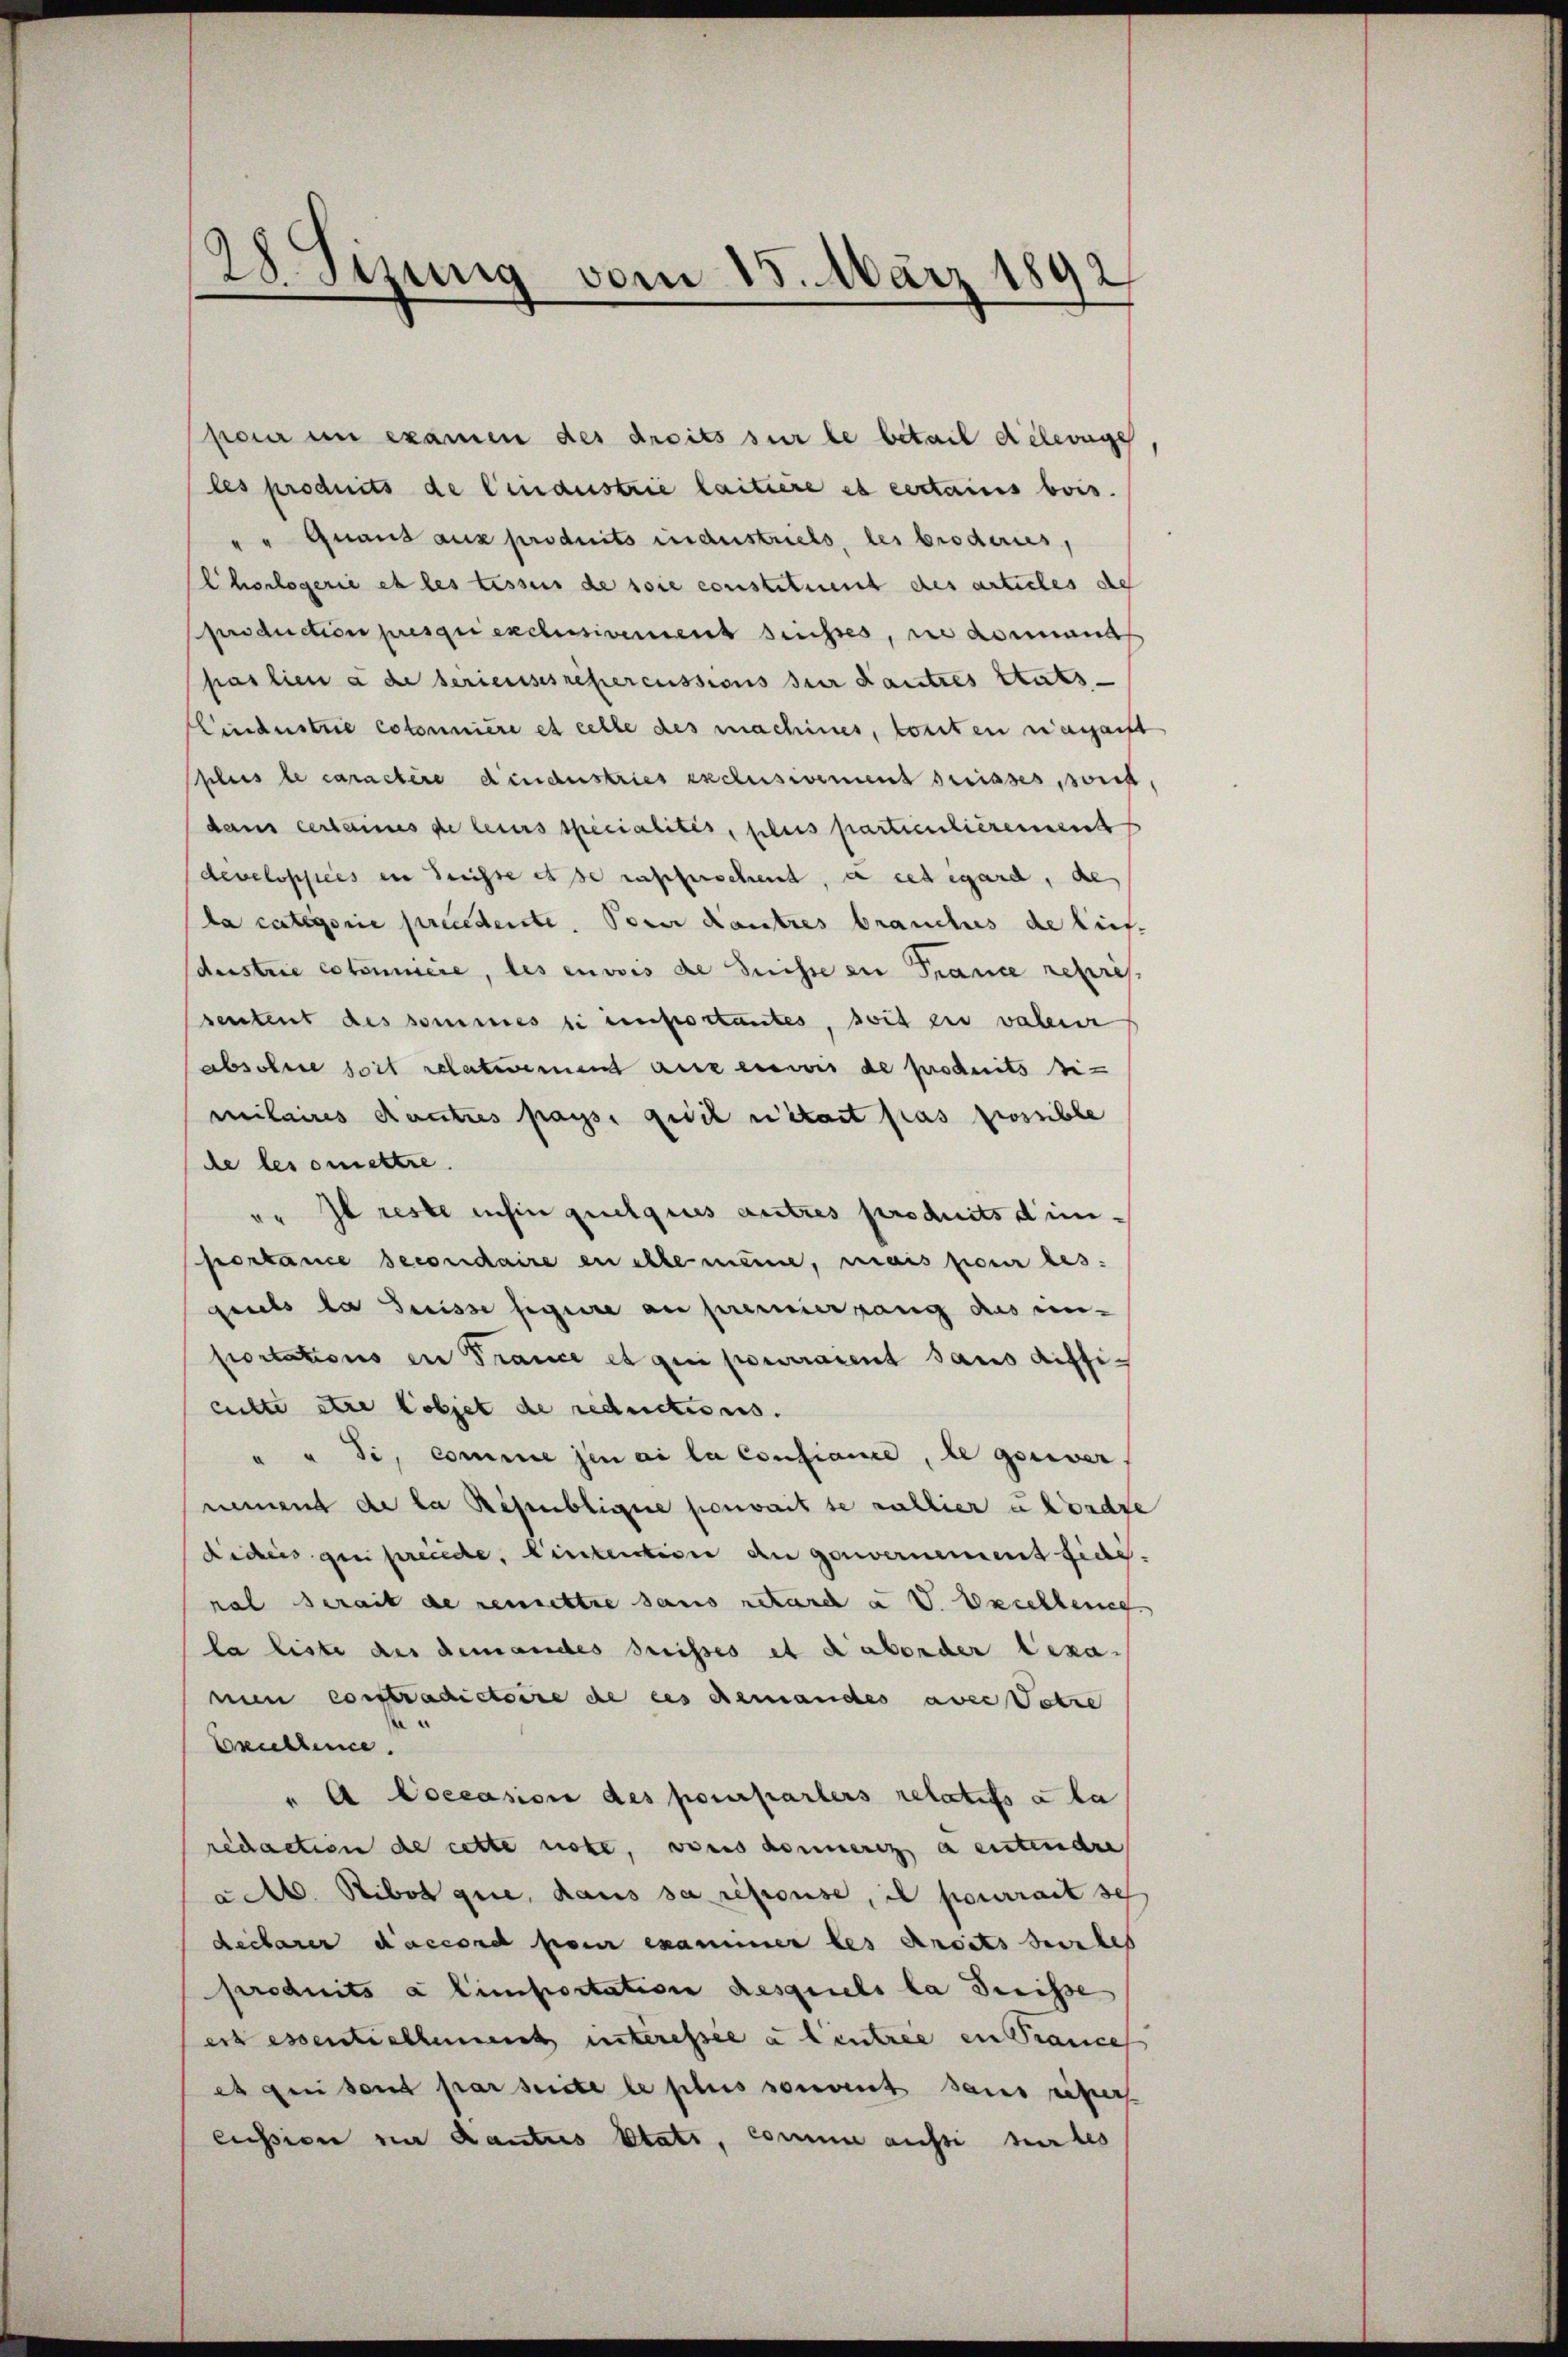
28 Sizung vom 15. März 1892

pauer in examen des droits sur le betail deherige
les produits de lindustrie laitiere es ecctais bois.
" Graus aux produits industriels, les brodernes,
Chorlogerie et les tessens de soie constituent des articles des
production presqui exclusivement desses, wie dommand
pas lieu à de serieses repercussions der Kautres Stats
Hindustrie coloniere et celle des machines, konnten eingeist
plus le caractere Kindustries exclusivement serisses, sont,
dans certaines de leurs specialités, plus particulierement
developstees in dreisse es se rascherschent, à cet égard, de
da cantigorie precederte. Soner Kautres brauches de lies
dustrie cotonniere, des envis die Disse en France repres
sentent des sommes si importantes, soit ein valeur
absolute soit relativement auf einwir de produits si
milaires Rautres paysi geschristait pas possible
de les omettre.
er Il reste infin quelques autres produits dieportance secondaire en elte meine, mais pour les
geils da Suisse seguire au premiergang aus ein-
portations en France et qui pourraient sans aufficchte etce lobjet de reductions.
" " Si, comme hin ai la confiance, le gewer,
nement de la Regenblige serait se nullier u hondre
Fideis gesprecede, intention an gouvernement fieg.
nal serait de remettre sans retarch u V. Erichteneg
la liste des demandes suisses et dabender Lexanum contradictoire de ces demandes avec Votre
Erullence.
"A Coccasion des pourparters relatifs à la
redaction de cette note, vons donneres a entendre
act. Ribot que, dans sa repouse, il pourrait se
Reclarer daccore pour examiner les Ansets herles
produits a linportation desquels la Suisse
ess essentiellement interessée a lintree in Trancel
et gen sont par seite le plus souvent sans risers
cussion im Kautres klats, comme aussi serbes